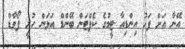
އޭނާ އަށް ފަހު އިންޑިއާ ޓީމުގެ ކެޕްޓަން ބޭންޑް އަޅަން ހުރީ ފޯވާޑް